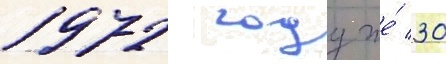
1972 году же́ 30